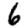
Digit: 6